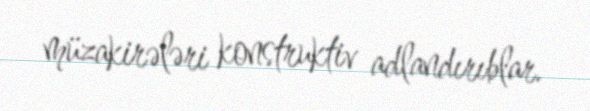
müzakirələri konstruktiv adlandırıblar.